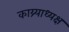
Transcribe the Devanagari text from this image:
काय्र्याध्यक्ष